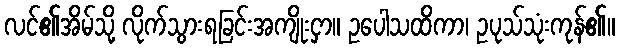
လင်၏အိမ်သို့ လိုက်သွားရခြင်းအကျိုးငှာ။ ဥပေါသထိကာ၊ ဥပုသ်သုံးကုန်၏။